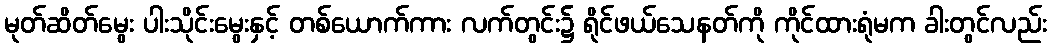
မုတ်ဆိတ်မွေး ပါးသိုင်းမွေးနှင့် တစ်ယောက်ကား လက်တွင်း၌ ရိုင်ဖယ်သေနတ်ကို ကိုင်ထားရုံမက ခါးတွင်လည်း